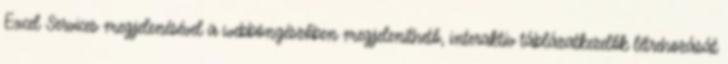
Excel Services megjelenésével a webböngészőben megjeleníthető, interaktív táblázatkezelők létrehozását